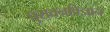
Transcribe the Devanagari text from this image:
पुरातनविज्ञान